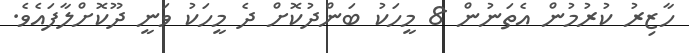
ހާޒިރު ކުރުމުން އެތަނުން 8 މީހަކު ބަންދުކޮށް ދެ މީހަކު ވަނީ ދޫކޮށްލާފައެވެ.